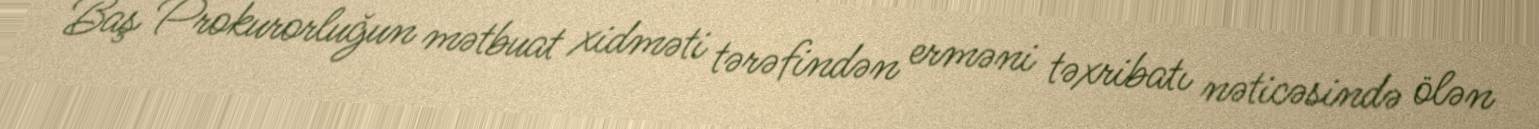
Baş Prokurorluğun mətbuat xidməti tərəfindən erməni təxribatı nəticəsində ölən